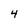
Character: 4